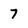
Character: 7